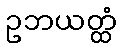
ဥဘယတ္ထံ